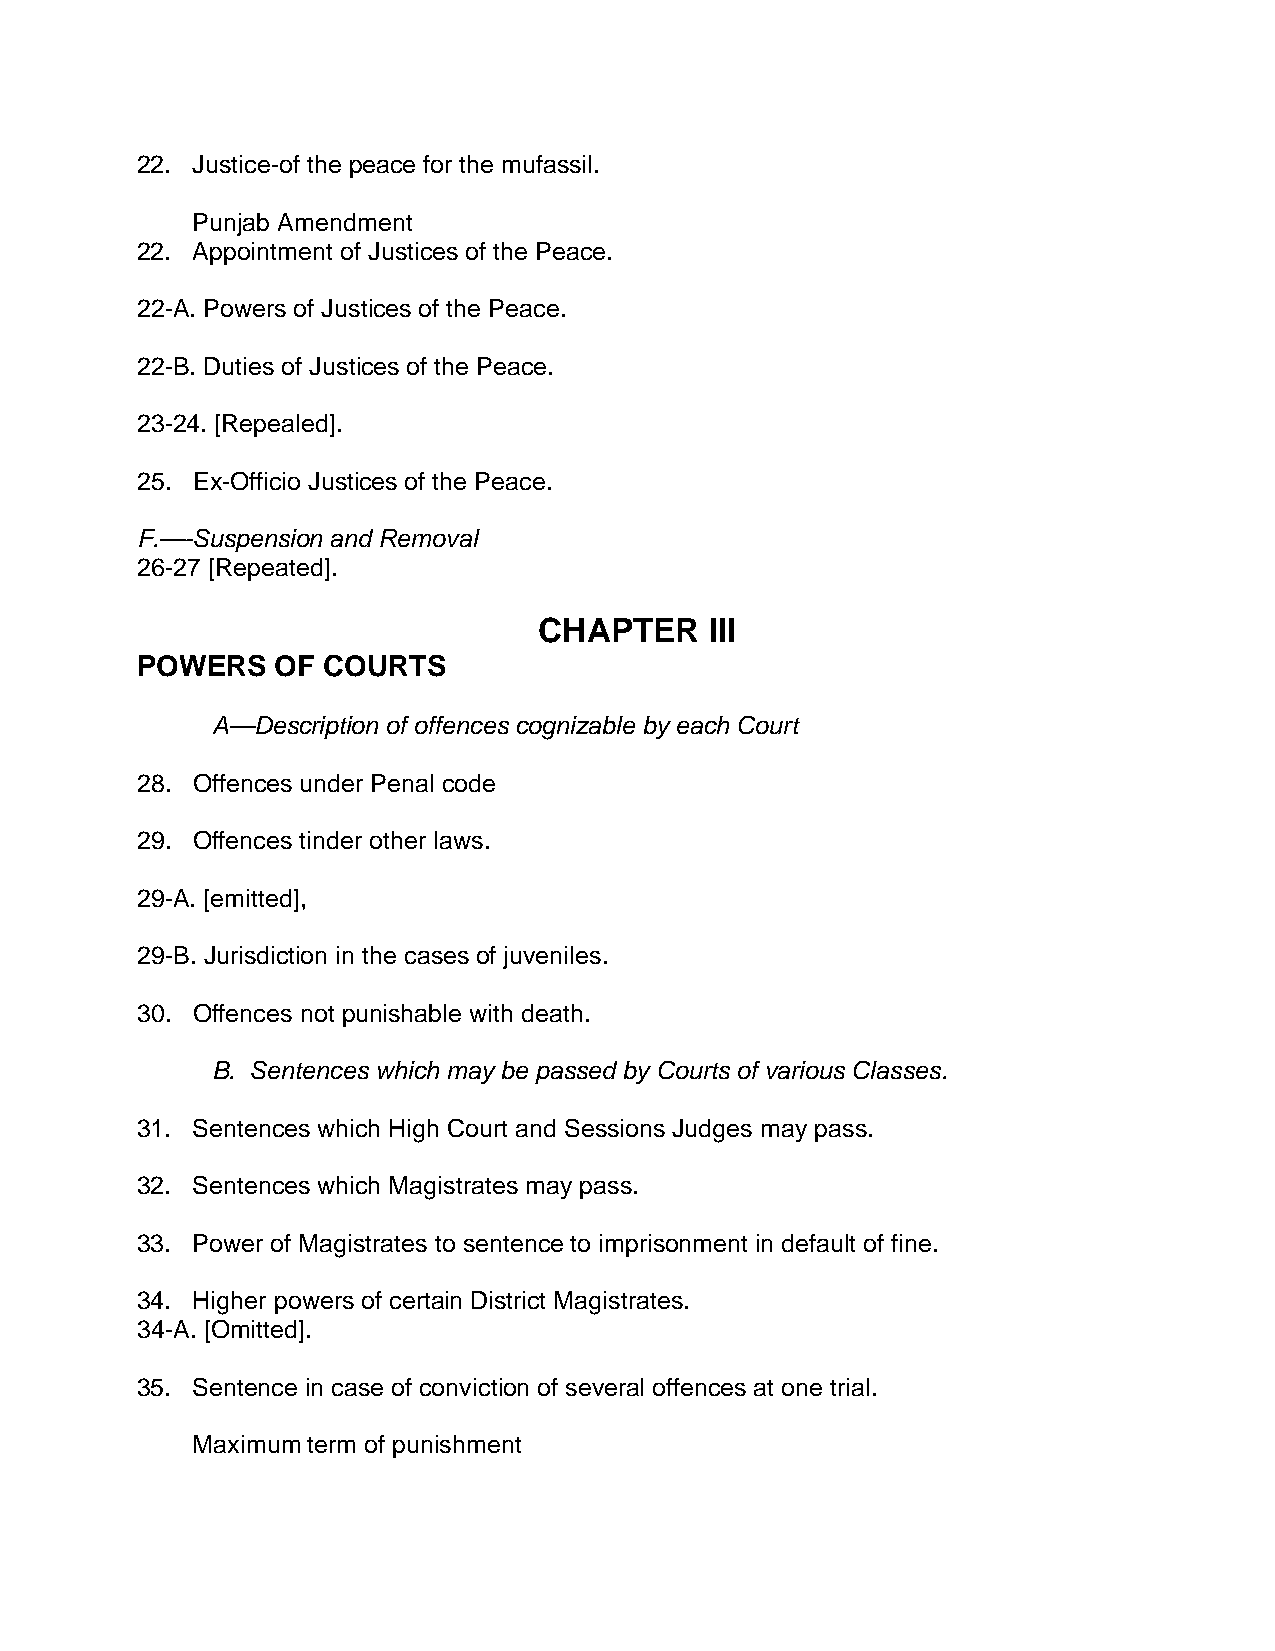
22. Justice-of the peace for the mufassil.
 Punjab Amendment
 22. Appointment of Justices of the Peace.
 22-A. Powers of Justices of the Peace.
 22-B. Duties of Justices of the Peace.
 23-24. [Repealed].
 25. Ex-Officio Justices of the Peace.
 F.—-Suspension and Removal
 26-27 [Repeated].
 CHAPTER    III
 POWERS   OF COURTS
 A—Description of offences cognizable by each Court
 28. Offences under Penal code
 29. Offences tinder other laws.
 29-A. [emitted],
 29-B. Jurisdiction in the cases of juveniles.
 30. Offences not punishable with death.
 B. Sentences which may be passed by Courts of various Classes.
 31. Sentences which High Court and Sessions Judges may pass.
 32. Sentences which Magistrates may pass.
 33. Power of Magistrates to sentence to imprisonment in default of fine.
 34. Higher powers of certain District Magistrates.
 34-A. [Omitted].
 35. Sentence in case of conviction of several offences at one trial.
 Maximum term of punishment